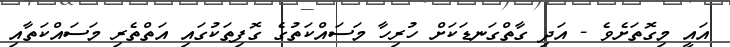
އައީ މިގޮތަށެވެ - އަދި ގާތްގަނޑަކަށް ހުރިހާ މަސައްކަތުގެ ގޮފިތަކުގައި އަތްތެރި މަސައްކަތާއި